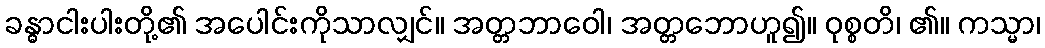
ခန္ဓာငါးပါးတို့၏ အပေါင်းကိုသာလျှင်။ အတ္တဘာဝေါ၊ အတ္တဘောဟူ၍။ ဝုစ္စတိ၊ ၏။ ကသ္မာ၊